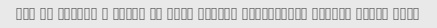
Mrc az ersale b moghe va inke hameye sefareshat dorost ersal shod